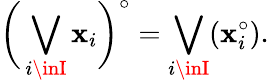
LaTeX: {\biggl(}\bigvee_{i\inI}{\mathbf{x}_{i}}{\biggr)}^{\circ}=\bigvee_{i\inI}(\mathbf{x}_{i}^{\circ}).